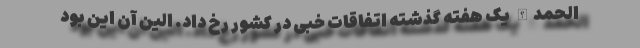
الحمدالله یک هفته گذشته اتفاقات خبی در کشور رخ داد. الین آن این بود